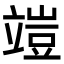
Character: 𥪪